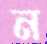
ন